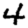
Digit: 4